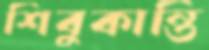
শিবুকান্তি